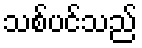
သစ်ပင်သည်